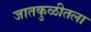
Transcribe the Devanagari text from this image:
जातकुळीतला